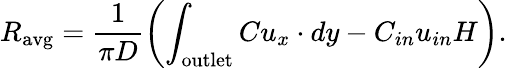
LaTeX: R_{\mathrm{avg}}=\frac{1}{\pi D}\left(\int_{\mathrm{outlet}}Cu_{x}\cdot dy-C_{in}u_{in}H\right).